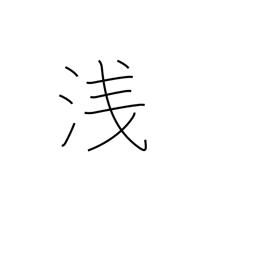
Meaning: shameful